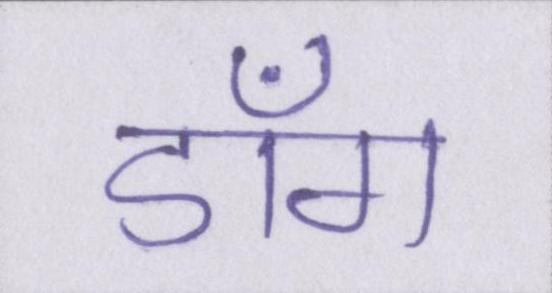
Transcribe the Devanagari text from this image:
डाँग